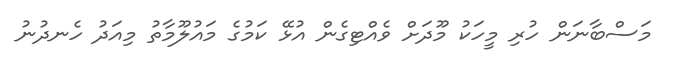
މަސްބާނަން ހުރި މީހަކު މޫދަށް ވެއްޓިގެން އުޅޭ ކަމުގެ މައުލޫމާތު މިއަދު ހެނދުނު